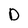
Character: D